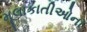
મૂલાકાતીઓના